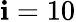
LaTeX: \mathbf{i}=10